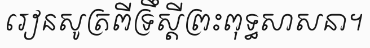
រៀនសូត្រពីទ្រឹស្តីព្រះពុទ្ធសាសនា។